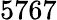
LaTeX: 5767